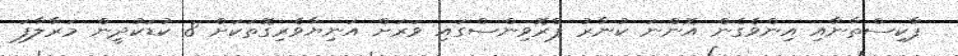
ޕާކިސްތާނާއި އިންވެގެން އޮންނަ ކުނާރު ޕްރޮވިންސްގައި ވަރަށް އަނިޔާވެރިގޮތަކަށް 8 ކުޑަކުދީން މަރާލާފަ